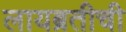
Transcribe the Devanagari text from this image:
लायब्रतीची